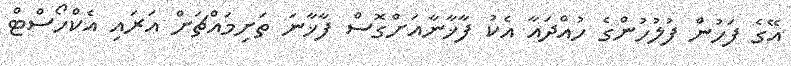
އޭގެ ފަހުން ފުލުހުންގެ ހުއްދައާ އެކު ފާޚާނާއަށްގޮސް ފާޚާނަ ތަށިމައްޗަށް އަރައި އެކްހޯސްޓް